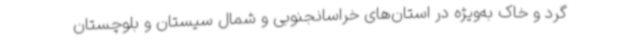
گرد و خاک به‌ویژه در استان‌های خراسانجنوبی و شمال سیستان و بلوچستان